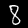
Label: 8